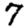
Digit: 7